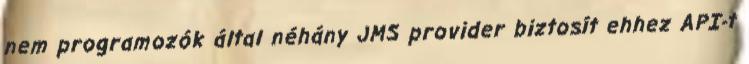
nem programozók által néhány JMS provider biztosít ehhez API-t